Scottish Leaving Certificate Examination, 1957
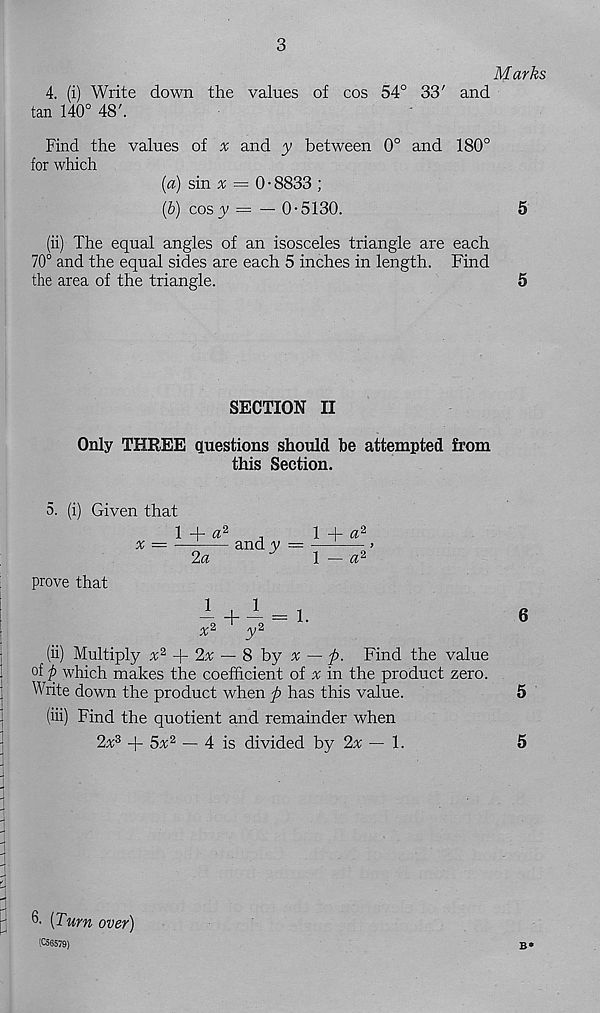
3
Marks
4. (i) Write down the values of cos 54° 33' and
tan 140° 48'.
Find the values of % and y between 0° and 180°
for which
[а) sin x = ()■ 8833 ;
(б) cos ^ = — 0-5130.
5
(ii) The equal angles of an isosceles triangle are each
70° and the equal sides are each 5 inches in length. Find
the area of the triangle.
5
SECTION II
Only THREE questions should be attempted from
this Section.
5. (i) Given that
1 + « 2
,
1 + a 2
* = — J
and y —
prove that
2a
1
- + ~ = 1.
a c
y
(ii) Multiply x 2
2% — 8 by x — ft. Find the value
of p which makes the coefficient of % in the product zero.
Write down the product when ft has this value.
(hi) Find the quotient and remainder when
2^3 + 5% 2 — 4 is divided by 2x — 1.
h [Turn over)
(C56579)
B*